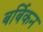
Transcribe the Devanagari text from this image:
बर्बिकन